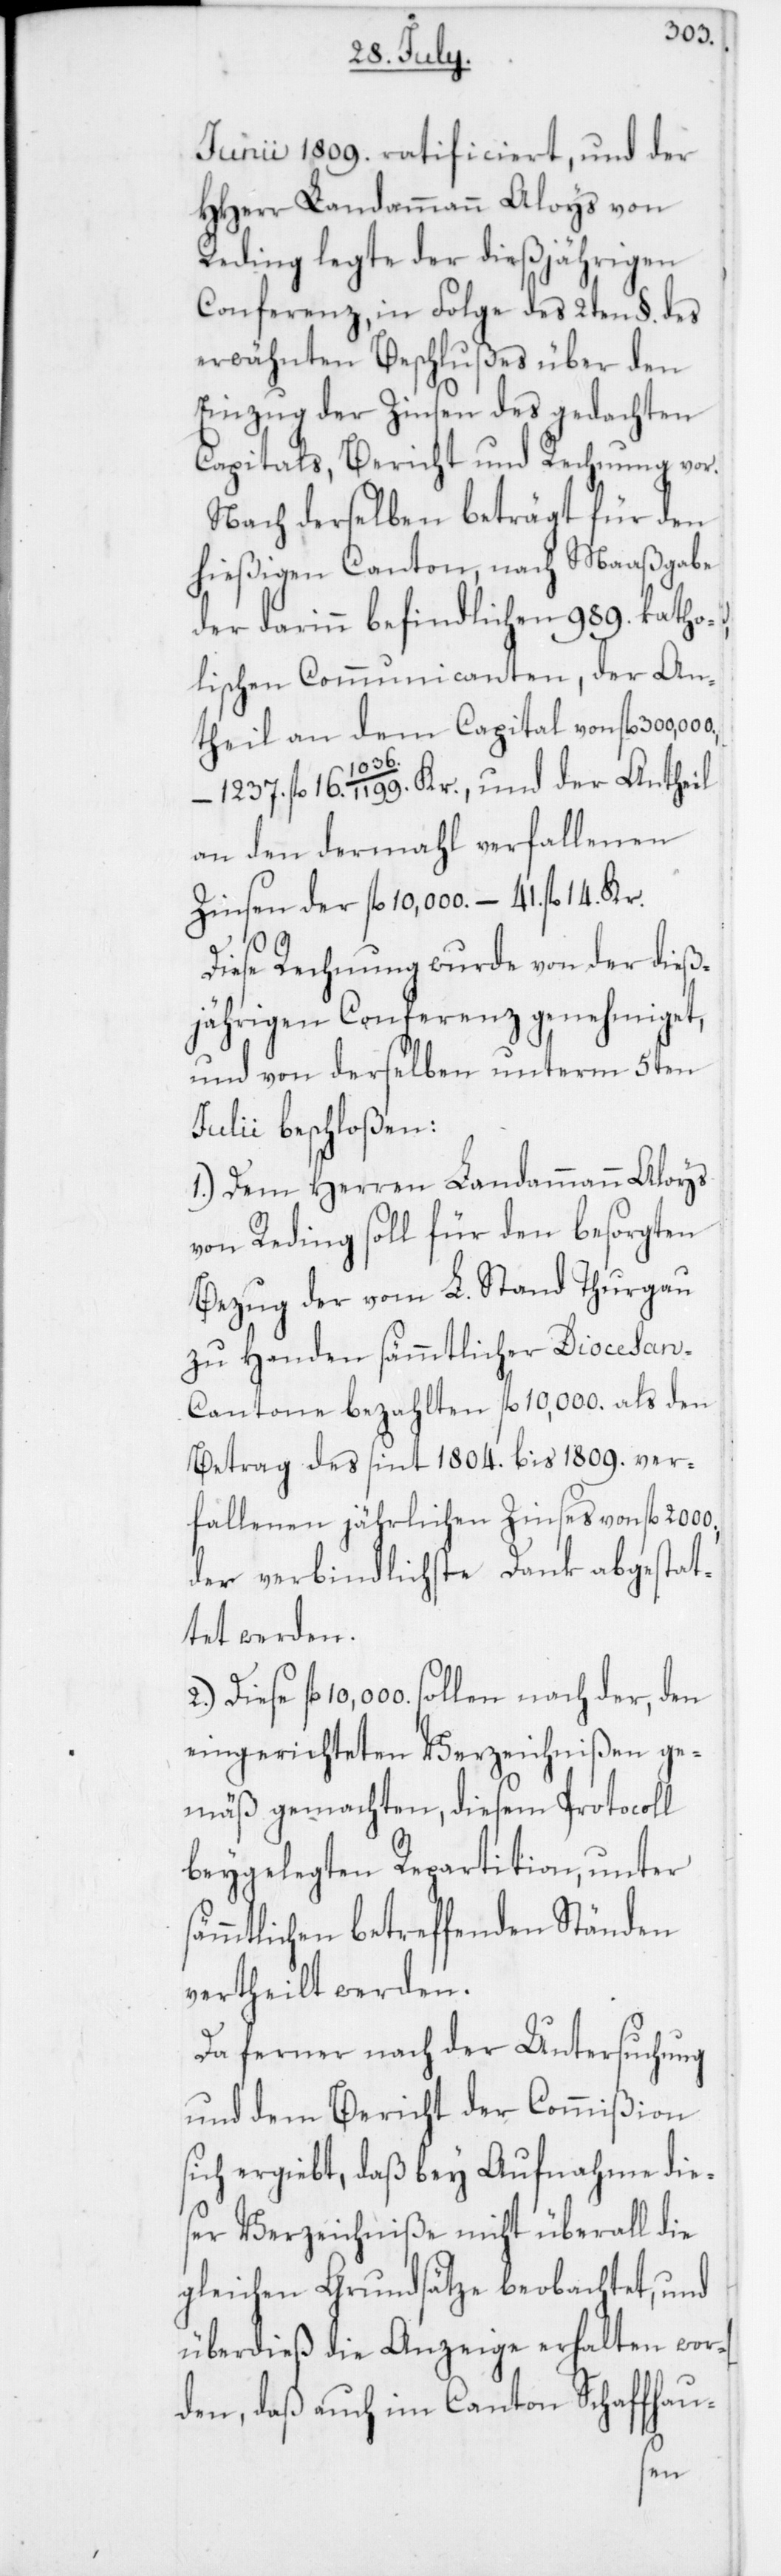
Junii 1809. ratificiert, und der
HHerr Landammann Aloys von
Reding legte der dießjährigen
Conferenz, in Folge des 2ten §. des
erwähnten Beschlußes über den
Einzug der Zinsen des gedachten
Capitals, Bericht und Rechnung vor.
Nach derselben beträgt für den
hießigen Canton, nach Maaßgabe
der darinn befindlichen 989. katho¬
lischen Communicanten, der An¬
theil an dem Capital von fl.
2000.,
fl 16. 1036./1199. Kr., und der Antheil
an den dermahl verfallenen
Zinsen der fl. 10,000. – 41. fl. 14. Kr.
Diese Rechnung wurde von der dieß¬
jährigen Conferenz genehmiget,
und von derselben unterm 5ten
Julii beschloßen:
1. Dem Herren Landammann Aloys
von Reding soll für den besorgten
Bezug der vom L. Stand Thurgau
zu Handen sämmtlicher Diocesan-C¬
antone bezahlten fl. 10,000. als den
Betrag des sint 1804. bis 1809. ver¬
fallenen jährlichen Zinses von fl.
der verbindlichste Dank abgestat¬
tet werden.
Diese fl. 10,000. sollen nach der, den
eingerichteten Verzeichnißen ge¬
mäß gemachten, diesem Protocoll
beygelegten Repartition, unter
ämmtlichen betreffenden Ständen
vertheilt werden.
Da ferner nach der Untersuchung
und dem Bericht der Commißion
sich ergiebt, daß bey Aufnahme dies¬
er Verzeichniße nicht überall die
gleichen Grundsätze beobachtet, und
überdieß die Anzeige erhalten wor¬
den, daß auch im Canton Schaffhau-
s¬